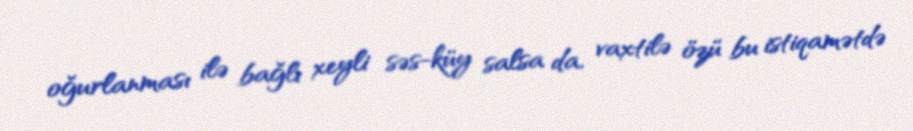
oğurlanması ilə bağlı xeyli səs-küy salsa da, vaxtilə özü bu istiqamətdə